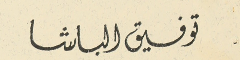
توفيق الباشا